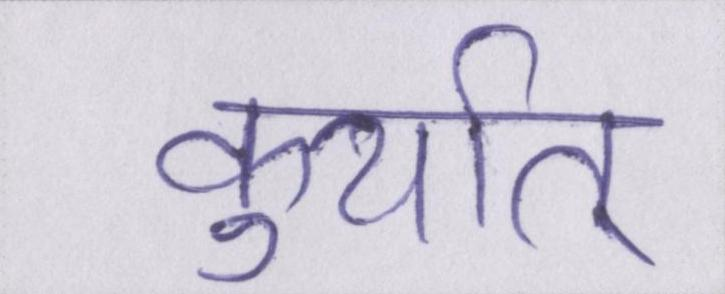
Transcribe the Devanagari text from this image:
कुर्यात्